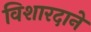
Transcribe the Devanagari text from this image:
विशारदाने